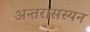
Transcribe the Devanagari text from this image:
अन्तरासस्यन